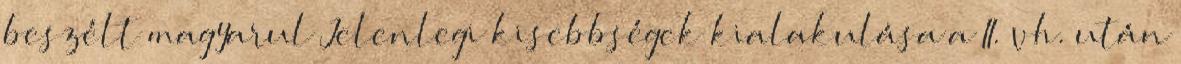
beszélt magyarul Jelenlegi kisebbségek kialakulása a II. vh. után